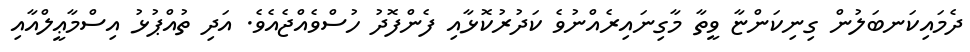
ދެމައިކަނބަލުން ގިނިކަންޏާ ވީތާ މާގިނައިރެއްނުވެ ކަދުރުކޮޅާއި ފެންފޮދު ހުސްވެއްޖެއެވެ. އަދި ތުއްޕުޅު އިސްމާޢީލްއާއި